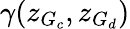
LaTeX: \gamma(z_{G_{c}},z_{G_{d}})